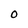
Character: O